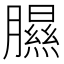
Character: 𦡹